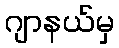
ဂျာနယ်မှ